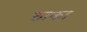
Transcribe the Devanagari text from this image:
ठाका